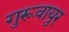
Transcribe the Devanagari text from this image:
गुरूवायुर